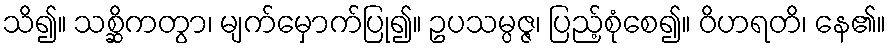
သိ၍။ သစ္ဆိကတွာ၊ မျက်မှောက်ပြု၍။ ဥပသမ္ပဇ္ဇ၊ ပြည့်စုံစေ၍။ ဝိဟရတိ၊ နေ၏။